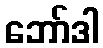
ဘော်ဒါ